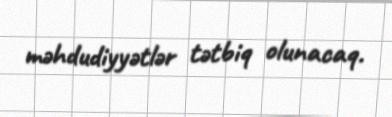
məhdudiyyətlər tətbiq olunacaq.